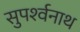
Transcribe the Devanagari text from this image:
सुपर्श्‍वनाथ